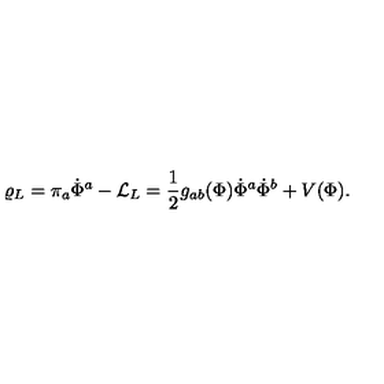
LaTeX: \varrho _ { L } = \pi _ { a } \dot { \Phi } ^ { a } - { \cal L } _ { L } = { \frac { 1 } { 2 } } g _ { a b } ( \Phi ) \dot { \Phi } ^ { a } \dot { \Phi } ^ { b } + V ( \Phi ) .